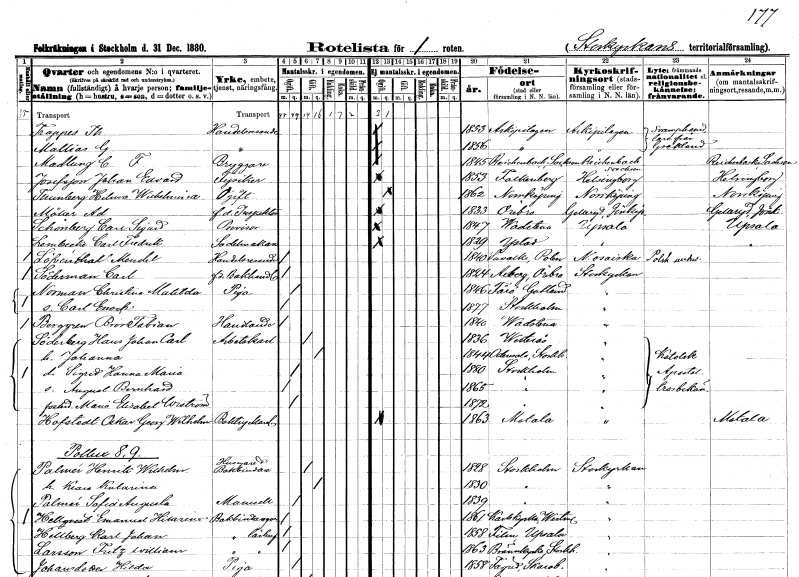
gt_parse: households: individuals: FN: Th.
EN: Trappes
YRKE: Handelsresande
KON: M
CIV: O
FODAR: 1853
FN: G.
EN: Mallias
YRKE: Handelsresande
KON: M
CIV: O
FODAR: 1856
FN: C. F.
EN: Madlung
YRKE: Bryggare
KON: M
CIV: O
FODAR: 1845
FN: Johan Edvard
EN: Josefsson
YRKE: Fysiker
KON: M
CIV: O
FODAR: 1853
FODFORS: Falkenberg Hallands län
FN: Hilma Wilhelmina
EN: Thunberg
KON: K
CIV: O
FODAR: 1862
FODFORS: Norrköping Östergötlands län
FN: Ad
EN: Möller
YRKE: Inspektor f.d.
KON: M
CIV: O
FODAR: 1833
FODFORS: Örebro Örebro län
FN: Carl Sigurd
EN: Schönberg
YRKE: Provisor
KON: M
CIV: O
FODAR: 1847
FODFORS: Vadstena Östergötlands län
FN: Carl Fredrik
EN: Lembecke
YRKE: Sadelmakare
KON: M
CIV: O
FODAR: 1829
FODFORS: Ystad Malmöhus län
FN: Mendel
EN: Löfenthal
YRKE: Handelsresande
KON: M
CIV: O
FODAR: 1840
FN: Carl
EN: Söderman
YRKE: Bokhandlare f.d.
KON: M
CIV: O
FODAR: 1824
FODFORS: Axberg Örebro län
FN: Christina Matilda
EN: Norman
YRKE: Piga
KON: K
CIV: O
FODAR: 1846
FODFORS: Fårö Gotlands län
FN: Carl Enock
KON: M
CIV: O
FODAR: 1877
FODFORS: Stockholm
FN: Bror Fabian
EN: Berggren
YRKE: Handlande
KON: M
CIV: O
FODAR: 1840
FODFORS: Vadstena Östergötlands län
FN: Hans Johan Carl
EN: Söderberg
YRKE: Arbetskarl
KON: M
CIV: G
FODAR: 1836
FODFORS: Västerås Västmanlands län
FN: Johanna
KON: K
CIV: G
FODAR: 1844
FODFORS: Odensala Stockholms län
FN: Sigrid Hanna Maria
KON: K
CIV: O
FODAR: 1880
FODFORS: Stockholm
FN: August Bernhard
KON: M
CIV: O
FODAR: 1865
FODFORS: Stockholm
FN: Maria Elisabet
EN: Wiström
KON: K
CIV: O
FODAR: 1872
FODFORS: Stockholm
FN: Oskar Georg Wilhelm
EN: Hofstedt
YRKE: Boktryckare
KON: M
CIV: O
FODAR: 1863
FODFORS: Motala Östergötlands län
FN: Henrik Wilhelm
EN: Palmér
YRKE: Husägare Bokbindare
KON: M
CIV: G
FODAR: 1828
FODFORS: Stockholm
FN: Klara Katarina
KON: K
CIV: G
FODAR: 1830
FODFORS: Stockholm
FN: Sofid Augusta
EN: Palmér
KON: K
CIV: O
FODAR: 1839
FODFORS: Stockholm